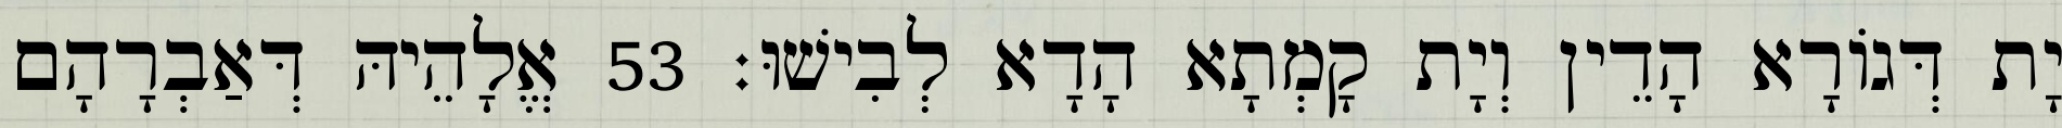
יָת דְּגוֹרָא הָדֵין וְיָת קָמְתָא הָדָא לְבִישׁוּ׃ 53 אֱלָהֵיהּ דְּאַבְרָהָם